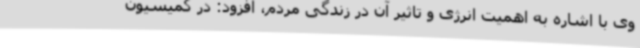
وی با اشاره به اهمیت انرژی و تاثیر آن در زندگی مردم، افزود: در کمیسیون